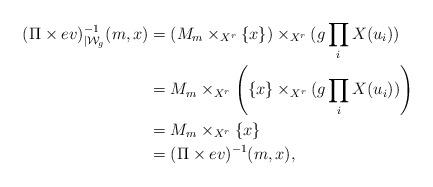
LaTeX: \begin{align*}(\Pi \times ev)_{|\mathcal{W}_g}^{-1}(m,x) &= \left( M_{m} \times_{X^r} \{x\} \right) \times_{X^r} (g\prod_i X(u_i))\\&= M_m \times_{X^r} \left( \{x\} \times_{X^r} (g\prod_i X(u_i)) \right) \\&= M_m \times_{X^r} \{x\}\\&= (\Pi \times ev)^{-1}(m,x),\end{align*}